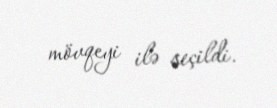
mövqeyi ilə seçildi.